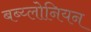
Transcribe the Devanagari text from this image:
बब्य्लोनियन